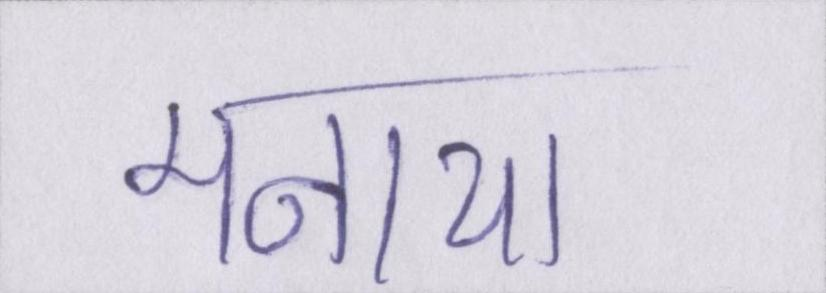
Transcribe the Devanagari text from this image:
मनाया।